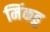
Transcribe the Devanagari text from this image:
मिंकहु